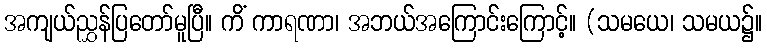
အကျယ်ညွှန်ပြတော်မူပြီ။ ကိံ ကာရဏာ၊ အဘယ်အကြောင်းကြောင့်။ (သမယေ၊ သမယ၌။